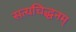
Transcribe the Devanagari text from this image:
सत्यचिद्धनम्